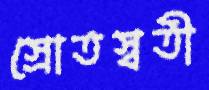
স্রোতস্বতী